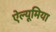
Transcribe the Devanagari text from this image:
ऐल्यूमिया